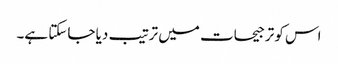
اس کو ترجیحات میں ترتیب دیا جاسکتا ہے۔